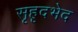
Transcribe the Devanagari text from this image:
सृहृदभेद